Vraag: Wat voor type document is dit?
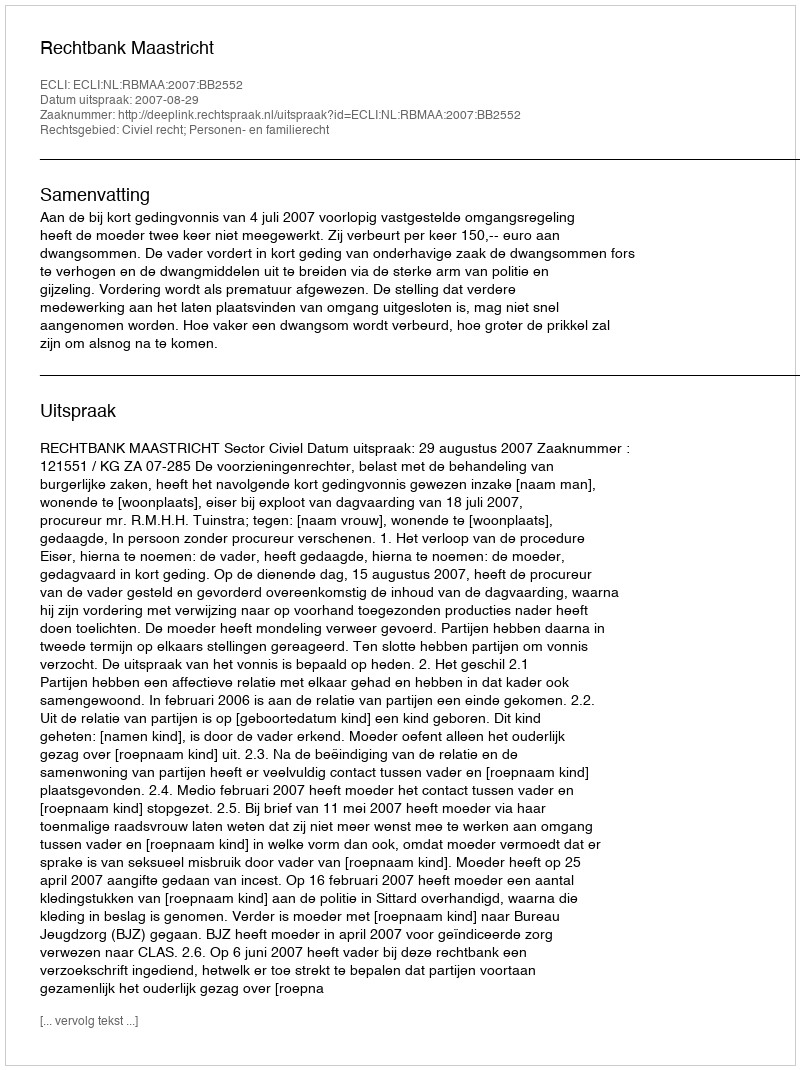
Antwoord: Uitspraak